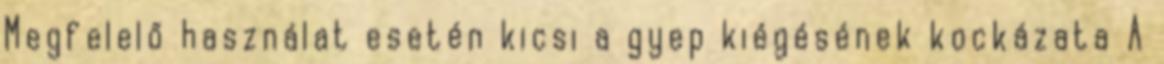
Megfelelő használat esetén kicsi a gyep kiégésének kockázata A